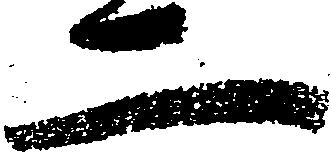
二